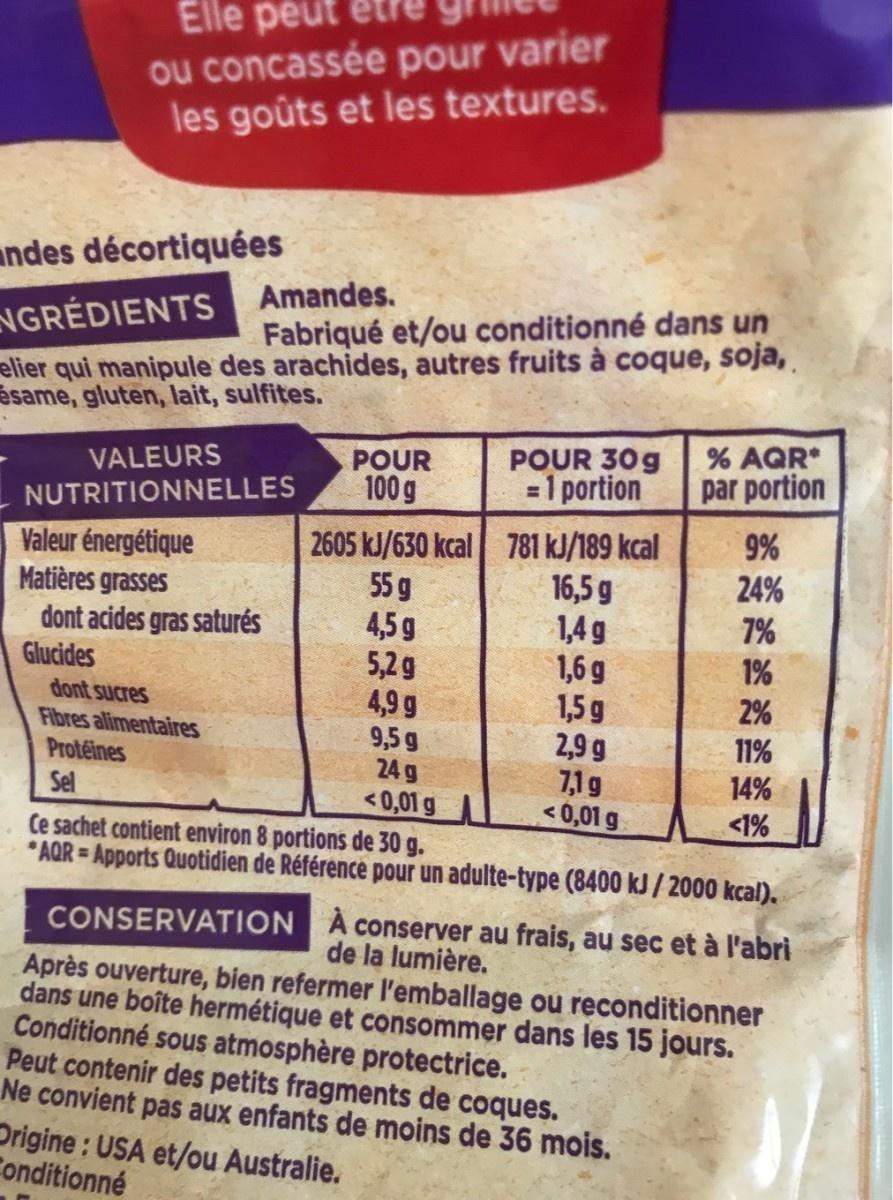
Elle peut ou concassée pour varier les goûts et les textures.
andes décortiquées
NGRÉDIENTS Amandes.
Fabriqué et/ou conditionné dans un
elier qui manipule des arachides, autres fruits à coque, soja, ésame, gluten, lait, sulfites.
POUR 100 g
POUR 30 g =1 portion
% AQR* par portion
VALEURS
NUTRITIONNELLES
2605 kJ/630 kcal 781 kJ/189 kcal 55 g 4,5 g 5,29 4,9 g 9,5 g 24 g <0,01 g
9% 24%
Valeur énergétique Matières grasses dont acides gras saturés Glucides dont sucres Fibres alimentaires
16,5 g 1,4g 1,6 g 1,5 g 2,9 9 7,1 g <0,01 g
7% 1%
2%
11%
Protéines Sel
14%
<1%
Ce sachet contient environ 8 portions de 30 g.
* AQR = Apports Quotidien de Référence pour un adulte-type (8400 kJ / 2000 kcal).
CONSERVATION A conserver au frais, au sec et à l'abri
de la lumière.
Après ouverture, bien refermer l'emballage ou reconditionner dans une boîte hermétique et consommer dans les 15 jours. Conditionné sous atmosphère protectrice. Peut contenir des petits fragments de coques. Ne convient pas aux enfants de moins de 36 mois. Drigine : USA et/ou Australie. Conditionné